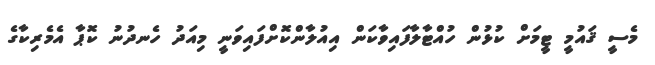
މެސީ ޤައުމީ ޓީމަށް ކުޅުން ހުއްޓާލާފައިވާކަން އިއުލާންކޮށްފައިވަނީ މިއަދު ހެނދުނު ކޮޕާ އެމެރިކާގެ